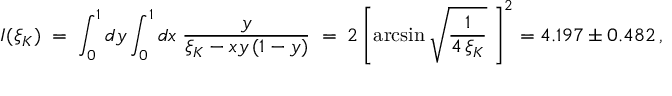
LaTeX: I ( \xi _ { K } ) \; = \; \int _ { 0 } ^ { 1 } d y \int _ { 0 } ^ { 1 } d x \; \frac { y } { \xi _ { K } - x y \, ( 1 - y ) } \; = \; 2 \left[ \arcsin \sqrt { \frac { 1 } { 4 \, \xi _ { K } } } \; \right] ^ { 2 } = 4 . 1 9 7 \pm 0 . 4 8 2 \, ,